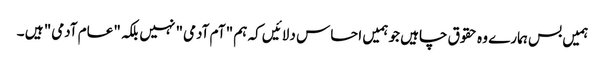
ہمیں بس ہمارے وہ حقوق چاہیں جو ہمیں احساس دلائیں کہ ہم "آم آدمی" نہیں بلکہ "عام آدمی" ہیں ۔